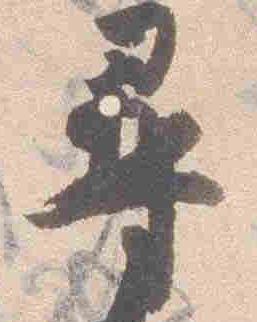
尋